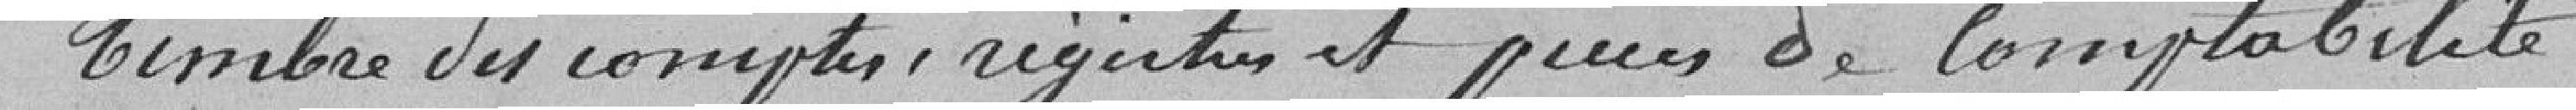
Timbre des comptes, registres et pièces de comptabilité